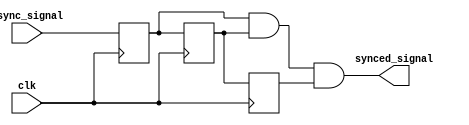
module cascade_sync(
    input wire async_signal,
    input wire clk,
    output wire synced_signal
);

reg [2:0] stage1, stage2, stage3;
reg [2:0] sample1, sample2;

always @(posedge clk) begin
    stage1 <= async_signal;
    stage2 <= stage1;
    stage3 <= stage2;
end

always @* begin
    sample1 = stage1 & stage2;
    sample2 = sample1 & stage3;
    synced_signal = sample2;
end

endmodule